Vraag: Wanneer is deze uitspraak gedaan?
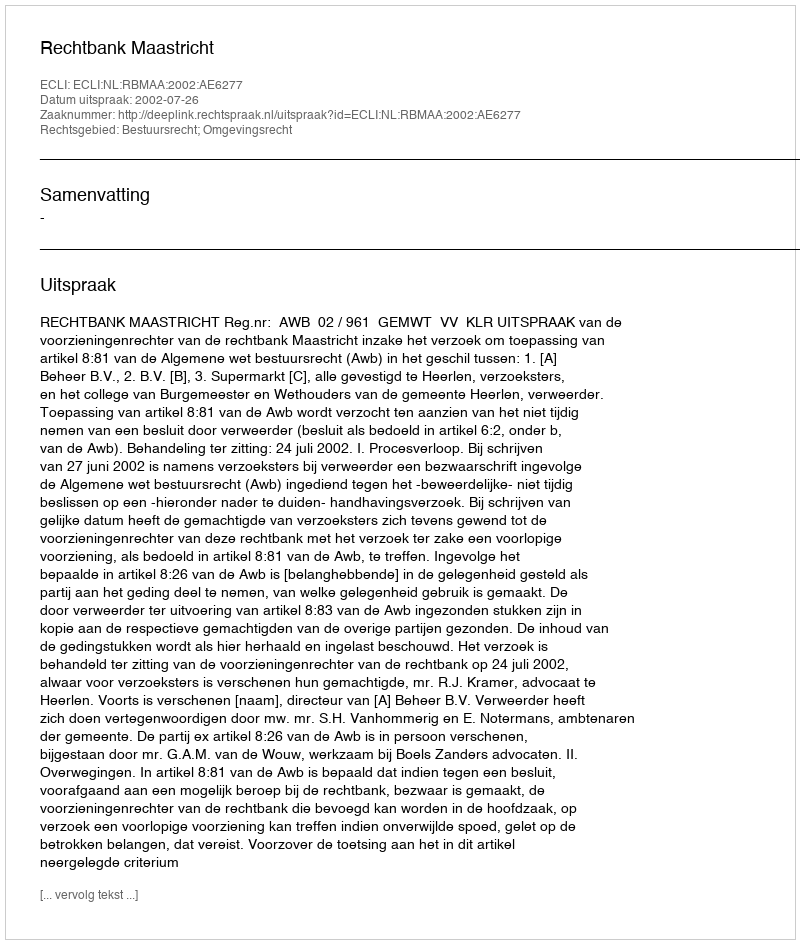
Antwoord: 2002-07-26